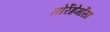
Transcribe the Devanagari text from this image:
तोर्रेह्रेर्मोसा